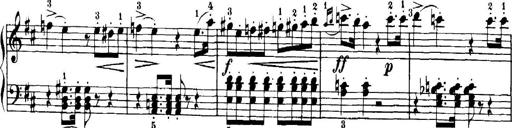
Title: 7 Sonatinas
Composer: Anton Diabelli